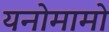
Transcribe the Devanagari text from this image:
यनोमामो